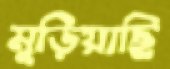
মুড়িয়াছি